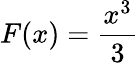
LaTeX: F(x)={\frac{x^{3}}{3}}